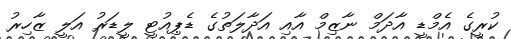
ކުރީގެ އެމްޑީ އާދަމް ނާޒިމް އާއި އަދާލަތުގެ ޑެޕިއުޓީ ލީޑަރު އަލީ ޒާހިރު